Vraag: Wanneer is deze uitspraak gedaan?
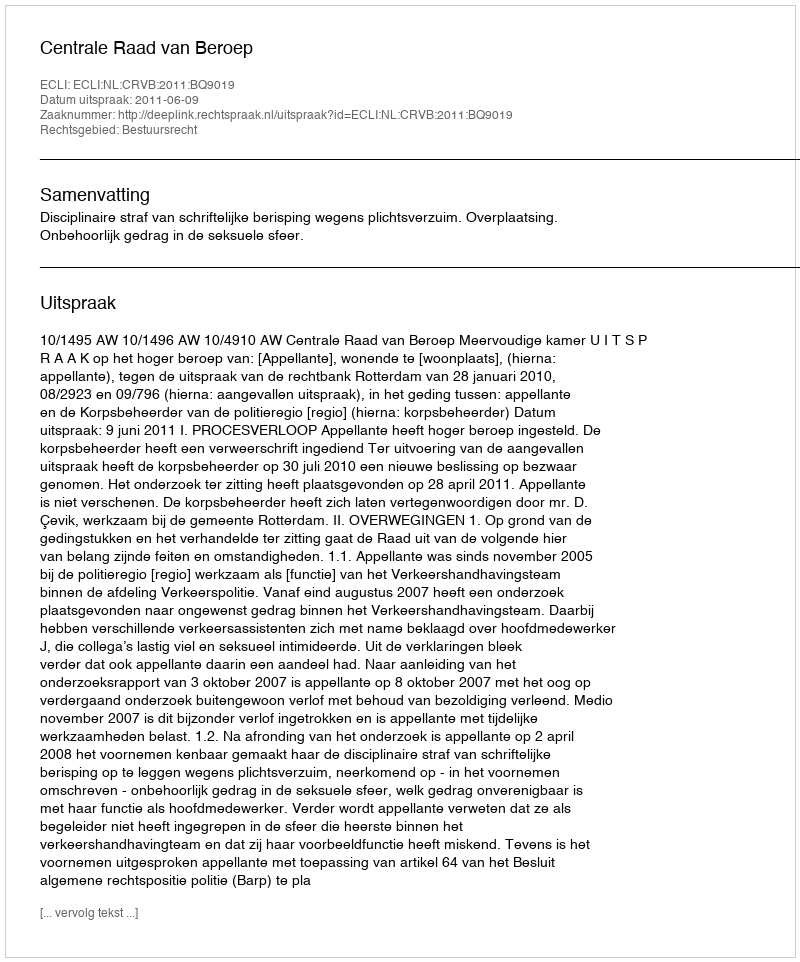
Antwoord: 2011-06-09